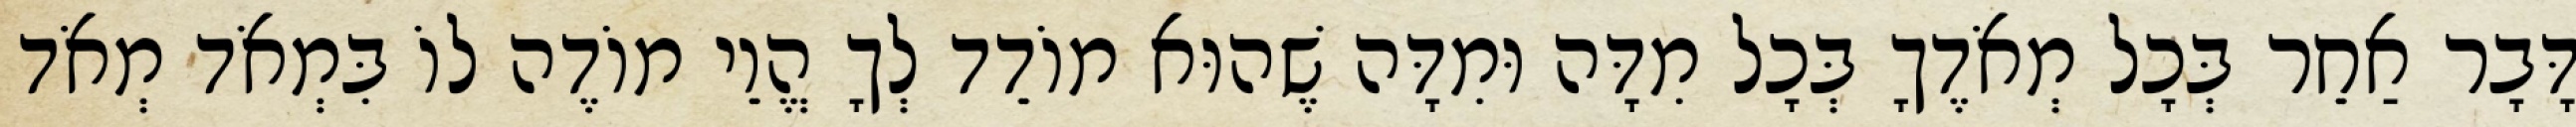
דָּבָר אַחֵר בְּכָל מְאֹדֶךָ בְּכָל מִדָּה וּמִדָּה שֶׁהוּא מוֹדֵד לְךָ הֱוֵי מוֹדֶה לוֹ בִּמְאֹד מְאֹד